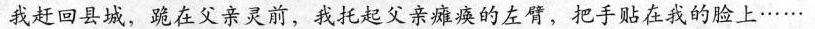
我赶回县城，跪在父亲灵前，我托起父亲瘫痪的左臂，把手贴在我的脸上……